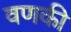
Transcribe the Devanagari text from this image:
वणकी